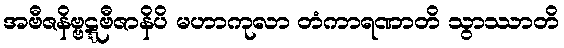
အဗီဇနိဗ္ဗဋ္ဋဗီဇာနိပိ မဟာကုလာ တံကာရဏာတိ သွာဿာတိ